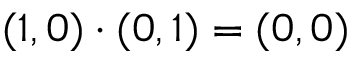
( 1 , 0 ) \cdot ( 0 , 1 ) = ( 0 , 0 )